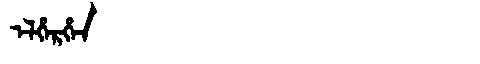
Manchu: ᡝᠯᡥᡝᡵᡥᡝᠨ
Romanization: ELHERHEN